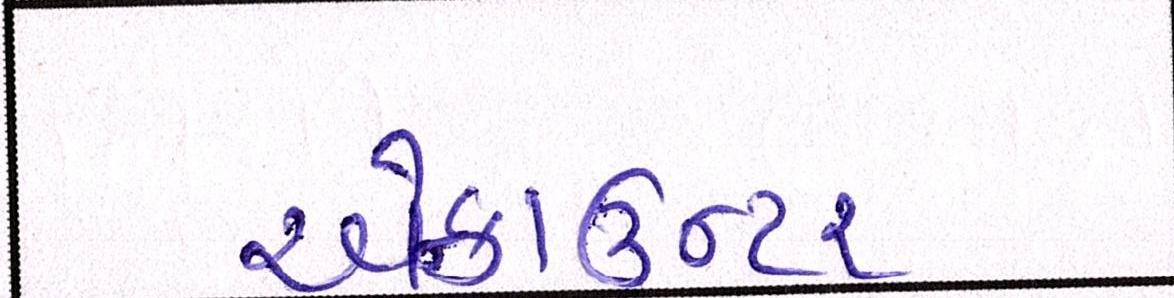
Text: એન્કાઉન્ટર